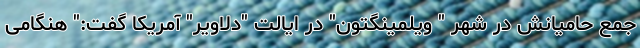
جمع حامیانش در شهر " ویلمینگتون" در ایالت "دلاویر" آمریکا گفت:" هنگامی